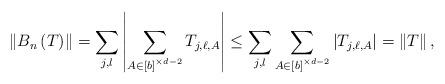
LaTeX: \begin{align*} \left\|B_n\left(T\right)\right\| = \sum_{j,l} \left|\sum_{A \in \left[b\right]^{\times d - 2}} T_{j,\ell, A} \right| \le \sum_{j,l}\sum_{A \in \left[b\right]^{\times d - 2}} \left| T_{j,\ell, A} \right| = \left\|T\right\|, \end{align*}